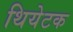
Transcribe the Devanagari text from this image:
थियेटक